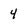
Character: 4